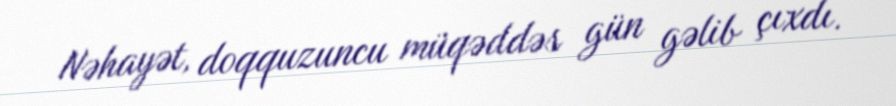
Nəhayət, doqquzuncu müqəddəs gün gəlib çıxdı.